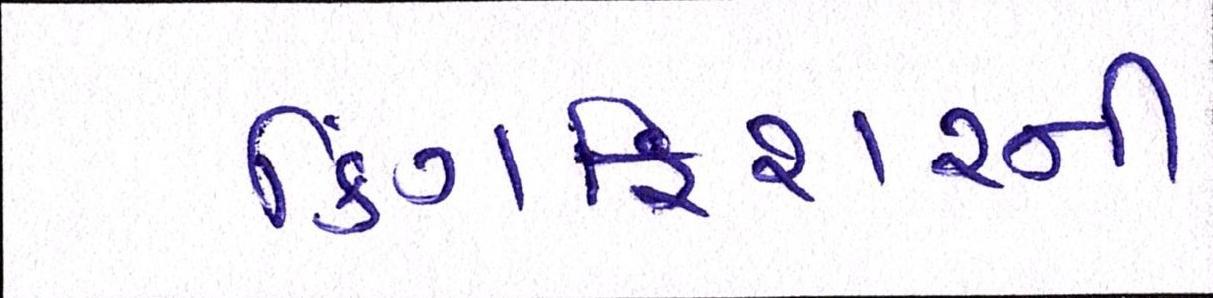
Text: કિંગફિશરની